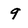
Character: 9